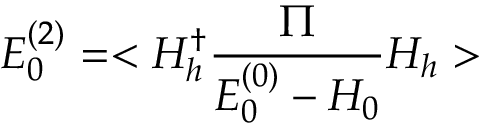
E _ { 0 } ^ { ( 2 ) } = < H _ { h } ^ { \dagger } \frac { \Pi } { E _ { 0 } ^ { ( 0 ) } - H _ { 0 } } H _ { h } >